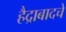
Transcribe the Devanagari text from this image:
हैद्राबादचे